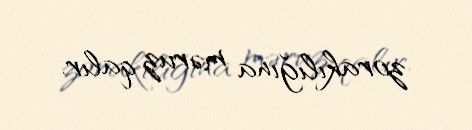
zorakılığına məruz qalır.